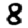
Digit: 8